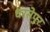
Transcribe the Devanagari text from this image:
धरसेपुर